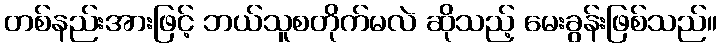
တစ်နည်းအားဖြင့် ဘယ်သူစတိုက်မလဲ ဆိုသည့် မေးခွန်းဖြစ်သည်။